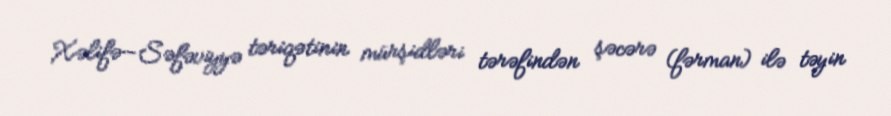
Xəlifə—Səfəviyyə təriqətinin mürşidləri tərəfindən şəcərə (fərman) ilə təyin